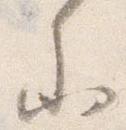
参